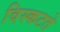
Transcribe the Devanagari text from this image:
विस्कटते